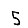
Digit: 5